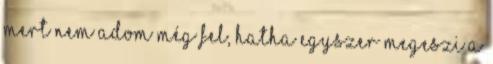
mert nem adom még fel, hatha egyszer megeszi a